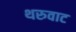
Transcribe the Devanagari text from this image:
थरुवाट